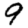
Digit: 9